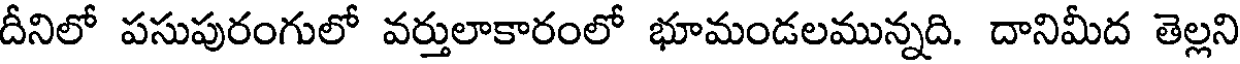
దీనిలో పసుపురంగులో వర్తులాకారంలో భూమండలమున్నది. దానిమీద తెల్లని